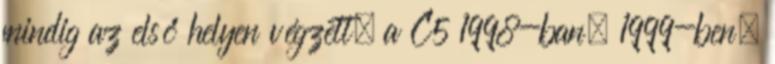
mindig az első helyen végzett, a C5 1998-ban, 1999-ben,